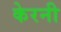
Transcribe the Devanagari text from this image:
केरनी